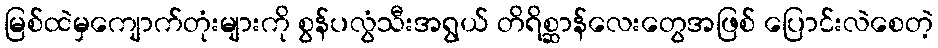
မြစ်ထဲမှကျောက်တုံးများကို စွန်ပလွံသီးအရွယ် တိရိစ္ဆာန်လေးတွေအဖြစ် ပြောင်းလဲစေတဲ့